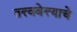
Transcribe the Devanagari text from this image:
तत्त्ववेत्त्याचे